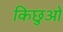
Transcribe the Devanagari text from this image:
किछुओ